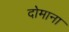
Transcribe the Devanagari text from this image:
दोमाना